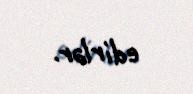
edirlər.